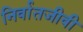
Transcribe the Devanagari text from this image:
निर्वातजीवी